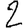
Digit: 2